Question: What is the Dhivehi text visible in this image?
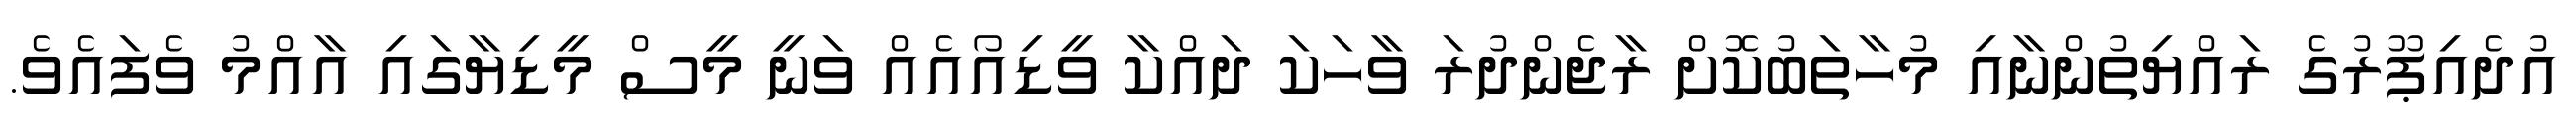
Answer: އުދެއިޕޫރުގެ ރައްޔިތުންނާއި މުހާތަބުކޮށް ރާޖެންދުރަ ވާހަކަ ދައްކާ ވީޑިއޯއެއް ވަނީ މީސް މީޑިޔާގައި އާއްމު ވެފައެވެ.